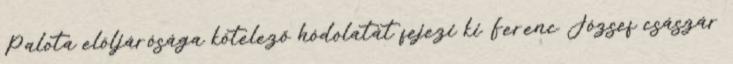
Palota elöljárósága kötelező hódolatát fejezi ki Ferenc József császár